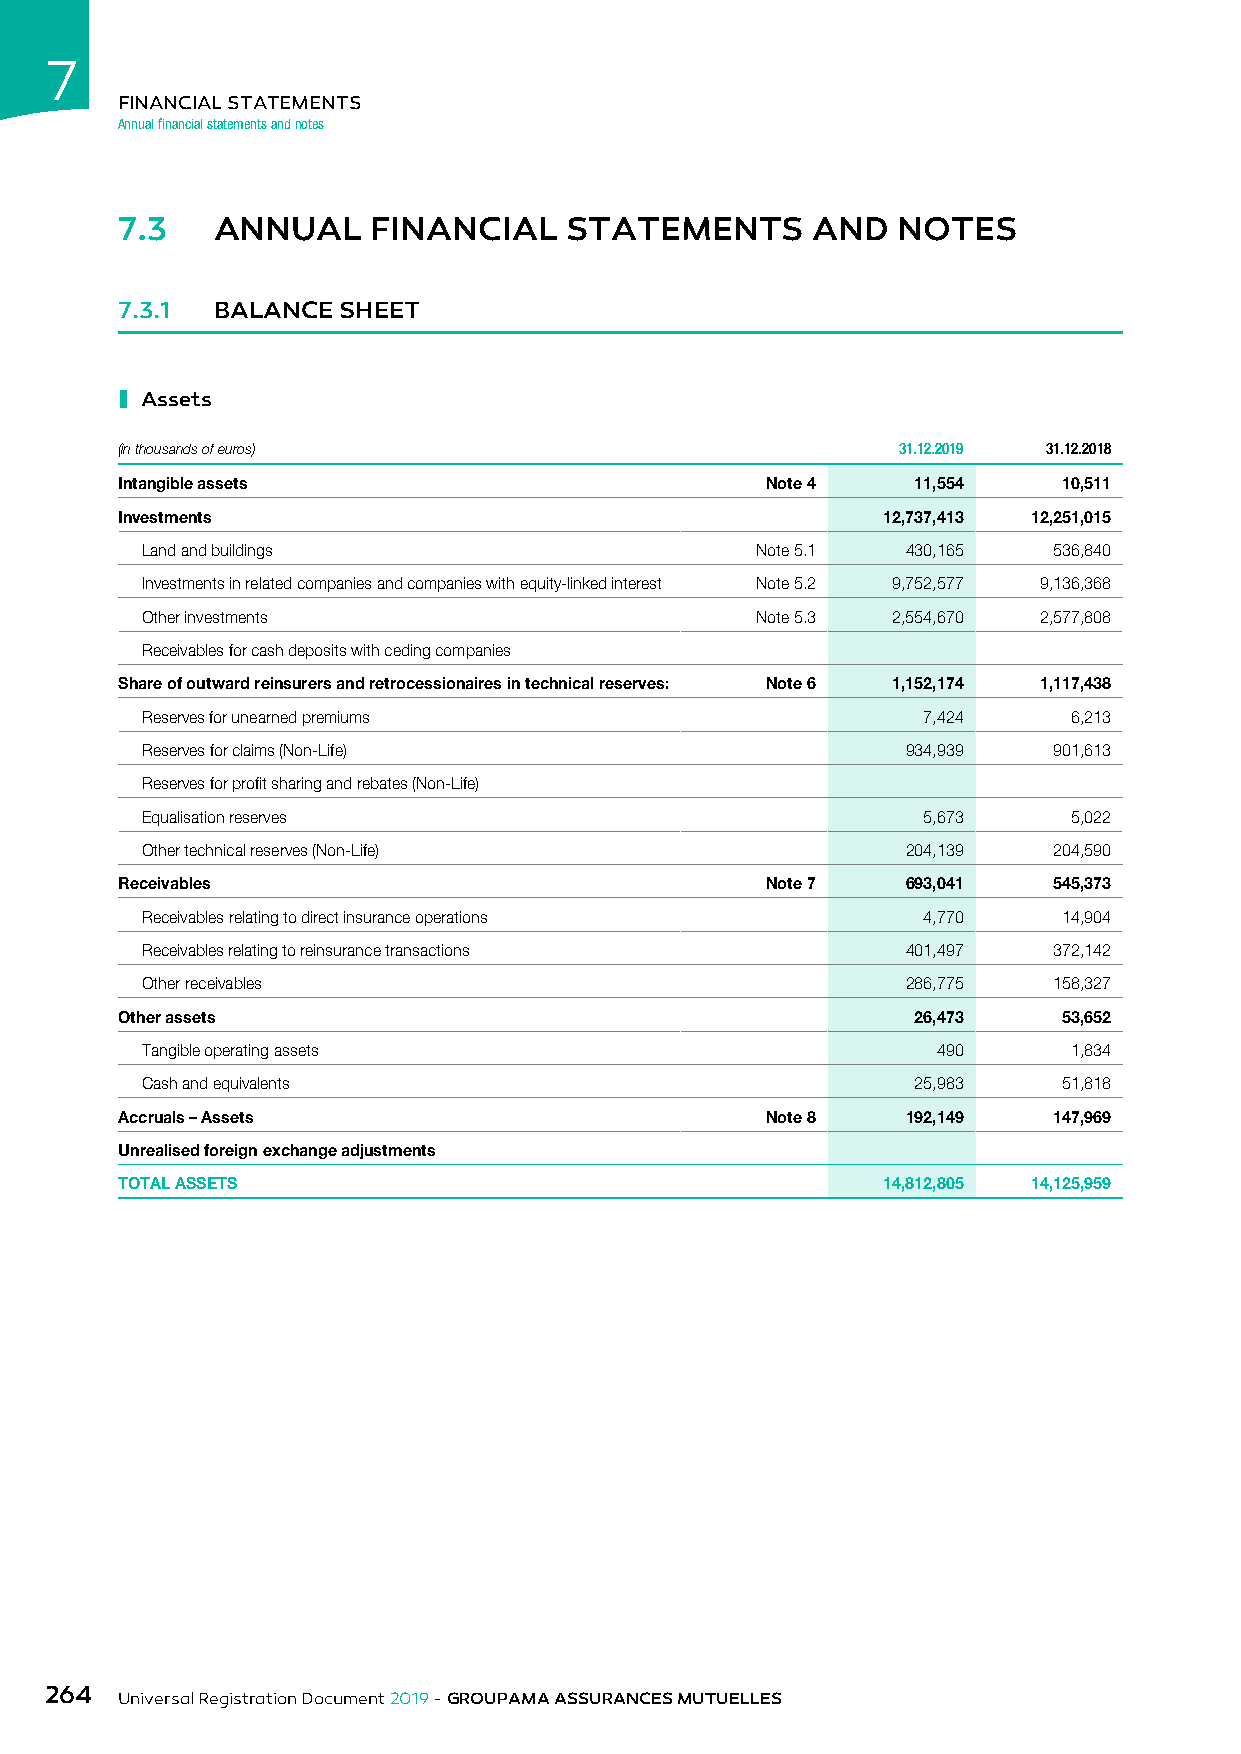
7
 FINANCIAL STATEMENTS
 Annual financial statements and notes
 7.3   ANNUAL     FINANCIAL   STATEMENTS       AND  NOTES
 7.3.1 BALANCE SHEET
 ı
 Assets
 (in thousands of euros)                            31.12.2019 31.12.2018
 Intangible assets                          Note 4    11,554   10,511
 Investments                                       12,737,413 12,251,015
 Land and buildings                       Note 5.1  430,165   536,840
 Investments in related companies and companies with equity-linked interest Note 5.2 9,752,577 9,136,368
 Other investments                        Note 5.3 2,554,670 2,577,808
 Receivables for cash deposits with ceding companies
 Share of outward reinsurers and retrocessionaires in technical reserves: Note 6 1,152,174 1,117,438
 Reserves for unearned premiums                      7,424     6,213
 Reserves for claims (Non-Life)                     934,939   901,613
 Reserves for profit sharing and rebates (Non-Life)
 Equalisation reserves                               5,673     5,022
 Other technical reserves (Non-Life)                204,139   204,590
 Receivables                                Note 7   693,041   545,373
 Receivables relating to direct insurance operations 4,770    14,904
 Receivables relating to reinsurance transactions   401,497   372,142
 Other receivables                                  286,775   158,327
 Other assets                                         26,473   53,652
 Tangible operating assets                            490      1,834
 Cash and equivalents                                25,983   51,818
 Accruals – Assets                          Note 8   192,149   147,969
 Unrealised foreign exchange adjustments
 TOTAL ASSETS                                      14,812,805 14,125,959
 264
 Universal Registration Document 2019 - GROUPAMA ASSURANCES MUTUELLES